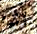
أي